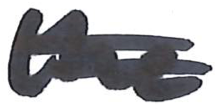
Text: the
Cross-out: double-line
Writing tool: marker